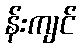
န်းကျင်